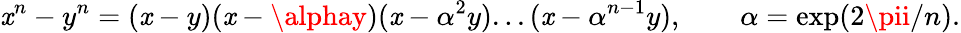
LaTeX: \mathit{x}^{n}-y^{n}=(\mathit{x}-y)(\mathit{x}-\alphay)(\mathit{x}-\alpha^{2}y)...(\mathit{x}-\alpha^{n-1}y),\qquad\alpha=\exp(2\pii/n).